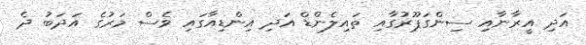
އަދި އީރާނާއި ސިންގަޕޫރުގާއި ތައިލެންޑް އަދި އިންޑިއާގައި ވެސް މަރުގެ އަދަބު ދެ